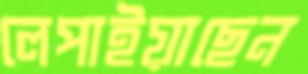
লেপাইয়াছেন